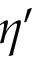
\eta ^ { \prime }